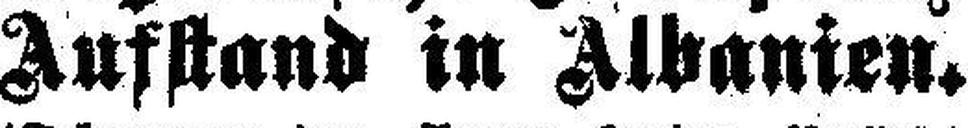
Aufstand in Albanien.